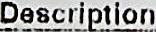
DESCRIPTION